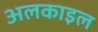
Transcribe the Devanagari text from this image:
अलकाइल